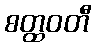
စတ္ထဝတီ